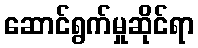
ဆောင်ရွက်မှုဆိုင်ရာ